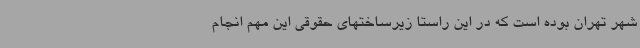
شهر تهران بوده است که در این راستا زیرساختهای حقوقی این مهم انجام